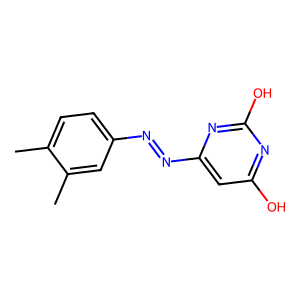
SMILES: Cc1ccc(N=Nc2cc(O)nc(O)n2)cc1C
Inhibits HIV replication: No